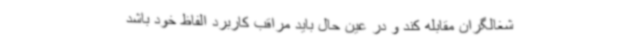
شغالگران مقابله کند و در عین حال باید مراقب کاربرد الفاظ خود باشد